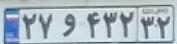
۲۷و۴۳۲۳۲